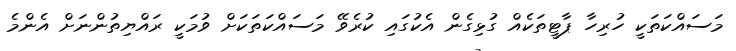
މަސައްކަތަކީ ހުރިހާ ޕާޓީތަކެއް ގުޅިގެން އެކުގައި ކުރެވޭ މަސައްކަތަކަށް ވުމަކީ ރައްޔިތުންނަށް އެންމެ